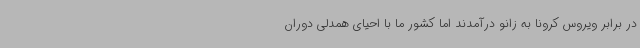
در برابر ویروس کرونا به زانو درآمدند اما کشور ما با احیای همدلی دوران